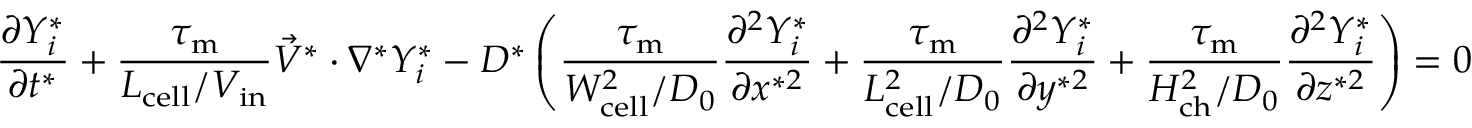
\frac { \partial Y _ { i } ^ { * } } { \partial t ^ { * } } + \boldsymbol { \frac { \tau _ { \mathrm { { m } } } } { L _ { \mathrm { c e l l } } / V _ { \mathrm { i n } } } } \vec { V } ^ { * } \cdot \nabla ^ { * } Y _ { i } ^ { * } - D ^ { * } \left( \boldsymbol { \frac { \tau _ { \mathrm { m } } } { W _ { \mathrm { c e l l } } ^ { 2 } / D _ { 0 } } } \frac { \partial ^ { 2 } Y _ { i } ^ { * } } { \partial x ^ { * 2 } } + \boldsymbol { \frac { \tau _ { \mathrm { m } } } { L _ { \mathrm { c e l l } } ^ { 2 } / D _ { 0 } } } \frac { \partial ^ { 2 } Y _ { i } ^ { * } } { \partial y ^ { * 2 } } + \boldsymbol { \frac { \tau _ { \mathrm { m } } } { H _ { \mathrm { c h } } ^ { 2 } / D _ { 0 } } } \frac { \partial ^ { 2 } Y _ { i } ^ { * } } { \partial z ^ { * 2 } } \right) = 0